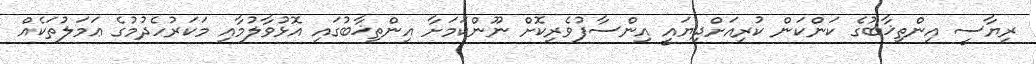
ރިޔާސީ އިންތިޚާބުގެ ކަންކަން ކުރިއަށްދިޔައީ އިންސާފުވެރިކޮށް ނޫންކަމަށާ އިންތިޚާބުގައި އޮޅުވާލުމާއި މަކަރުހެދުމުގެ ޢަމަލުތަކެއް